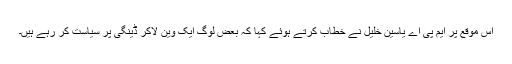
اس موقع پر ایم پی اے یاسین خلیل نے خطاب کرتے ہوئے کہا کہ بعض لوگ ایک وین لاکر ڈینگی پر سیاست کر رہے ہیں۔